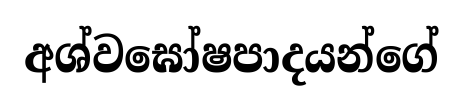
අශ්වඝෝෂපාදයන්ගේ